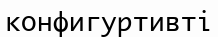
конфигуртивті